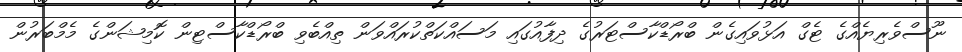
ނޫސްވެރިޔެއްގެ ޓެގް އަޅުވައިގެން ބްރޯޑްކާސްޓަރުގެ ދިފާއުގައި މަސައްކަތްކުރައްވަން ތިއްބެވި ބްރޯޑްކާސްޓިން ކޮމިޝަންގެ މެމްބަރުން